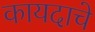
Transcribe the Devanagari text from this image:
कायदाचे